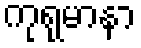
ကုရုမာနာ